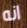
انه